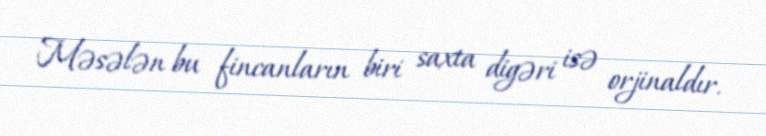
Məsələn bu fincanların biri saxta digəri isə orjinaldır.